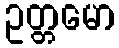
ဥတ္တမော